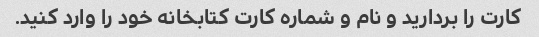
کارت را بردارید و نام و شماره کارت کتابخانه خود را وارد کنید.